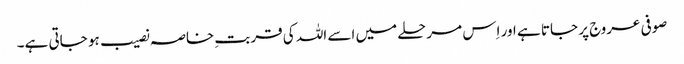
صوفی عروج پر جاتا ہے اور اِس مرحلے میں اسے اللہ کی قربتِ خاصہ نصیب ہو جاتی ہے۔